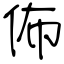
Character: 佈